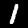
Label: 1